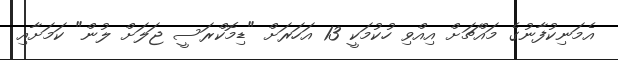
އެމަނިކުފާނުގެ މައްޗަށް އިއްވި ހުކުމަކީ 13 އަހަރަށް "ޑިމޮކްރަސީ ޖަލަށް ލުން" ކަމަށާއި